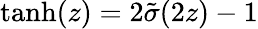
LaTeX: \mathrm{tanh}(z)=2\tilde{\sigma}(2z)-1